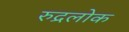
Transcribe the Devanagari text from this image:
रुद्रलोक